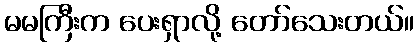
မမကြီးက ပေးရှာလို့ တော်သေးတယ်။